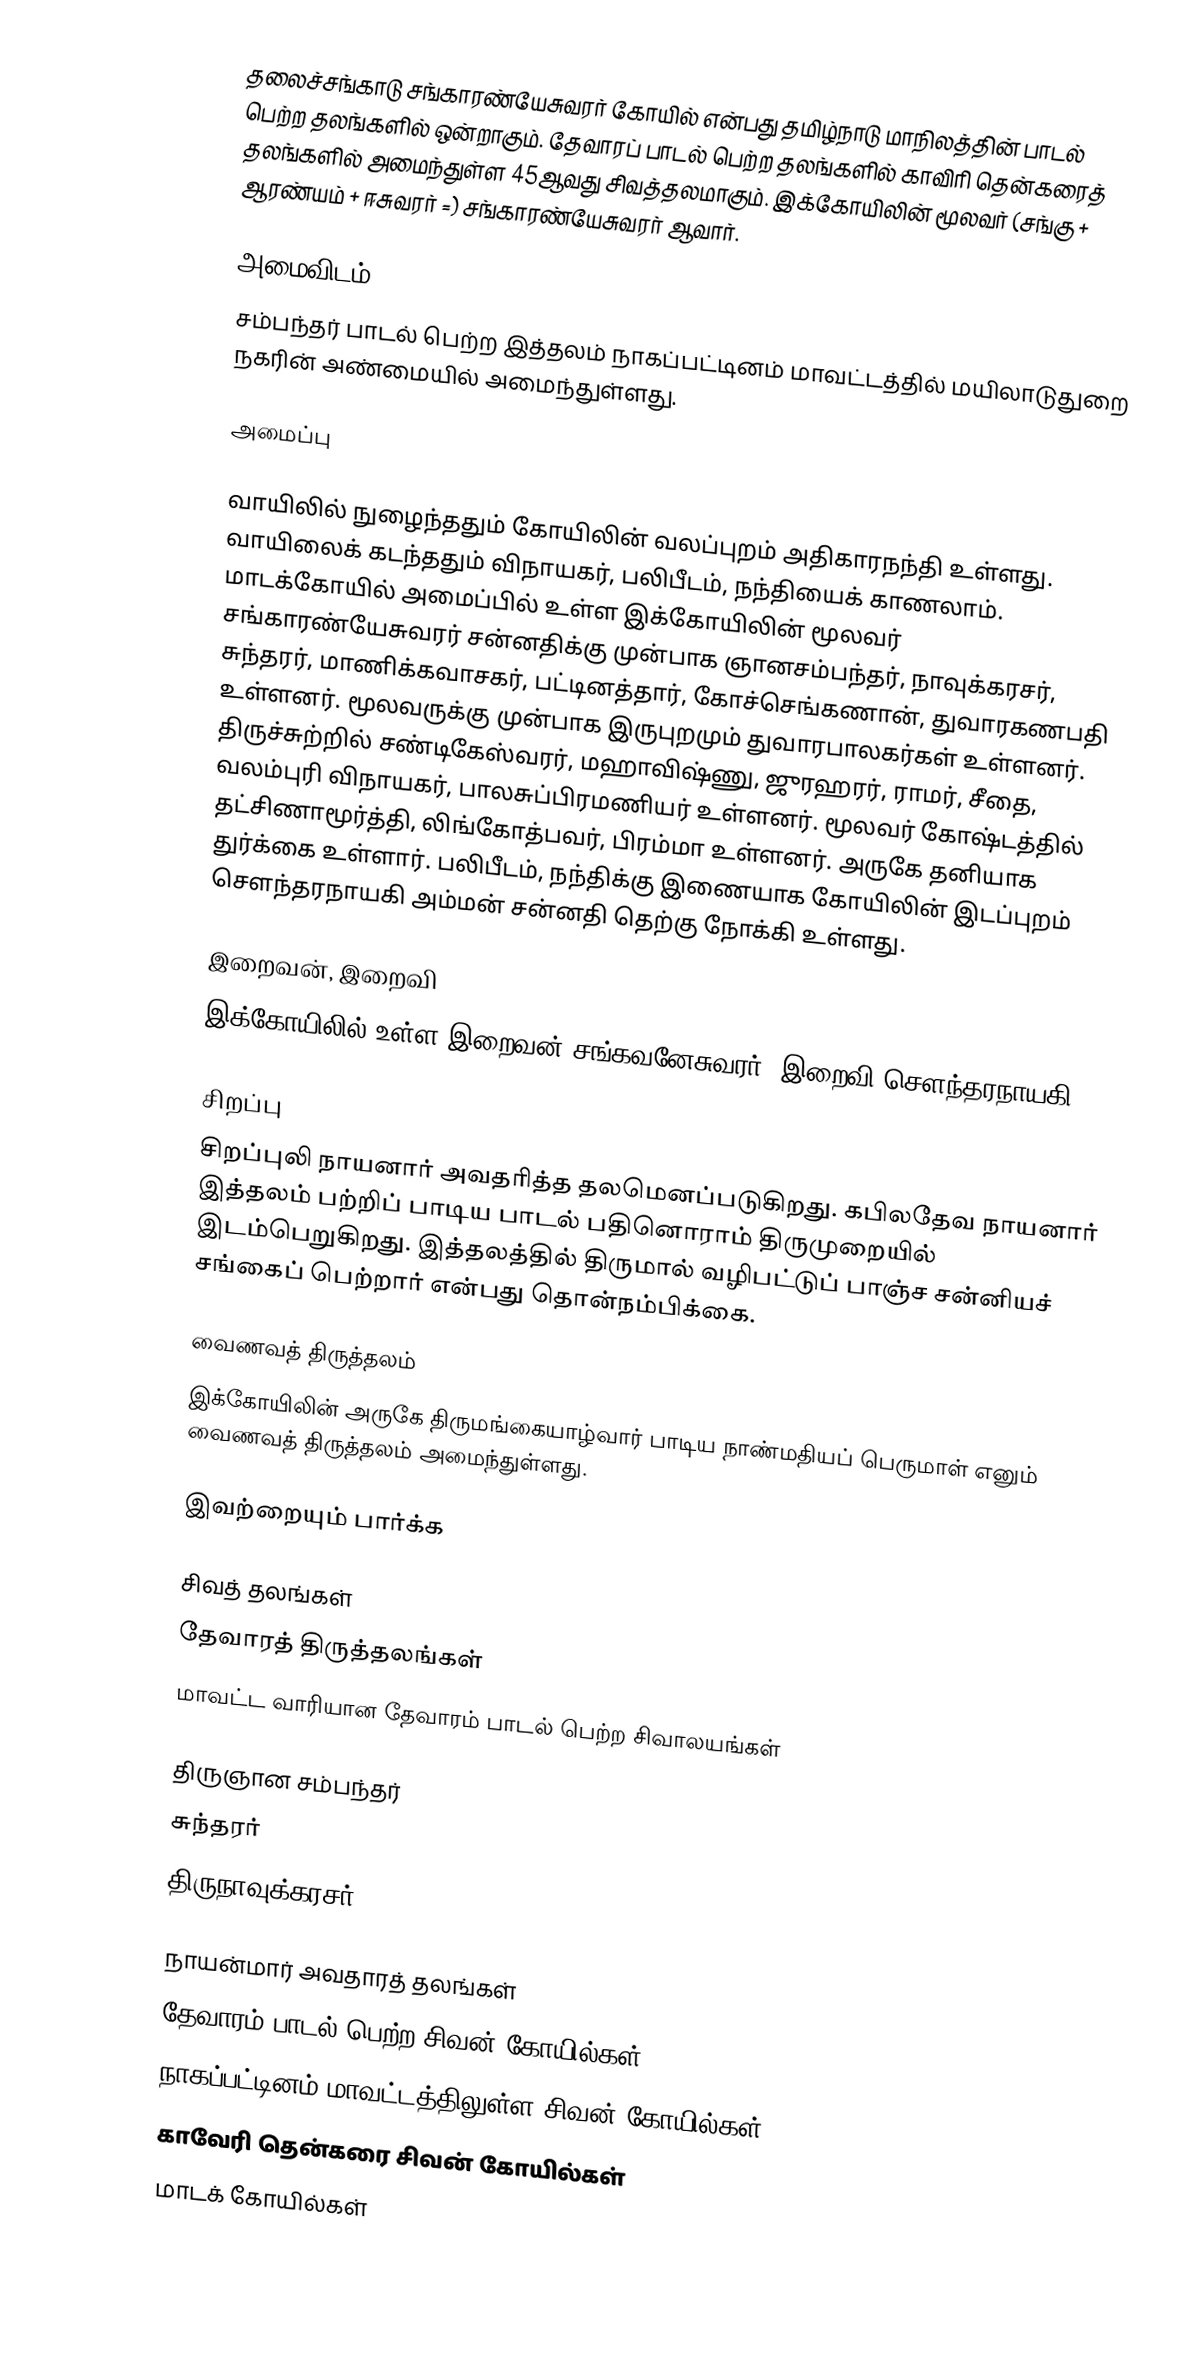
தலைச்சங்காடு சங்காரண்யேசுவரர் கோயில் என்பது தமிழ்நாடு மாநிலத்தின் பாடல் பெற்ற தலங்களில் ஒன்றாகும். தேவாரப் பாடல் பெற்ற தலங்களில் காவிரி தென்கரைத் தலங்களில் அமைந்துள்ள 45ஆவது சிவத்தலமாகும். இக்கோயிலின் மூலவர் (சங்கு + ஆரண்யம் + ஈசுவரர் =) சங்காரண்யேசுவரர் ஆவார்.

அமைவிடம்
சம்பந்தர் பாடல் பெற்ற இத்தலம் நாகப்பட்டினம் மாவட்டத்தில் மயிலாடுதுறை நகரின் அண்மையில் அமைந்துள்ளது.

அமைப்பு

வாயிலில் நுழைந்ததும் கோயிலின் வலப்புறம் அதிகாரநந்தி உள்ளது. வாயிலைக் கடந்ததும் விநாயகர், பலிபீடம், நந்தியைக் காணலாம். மாடக்கோயில் அமைப்பில் உள்ள இக்கோயிலின் மூலவர் சங்காரண்யேசுவரர் சன்னதிக்கு முன்பாக ஞானசம்பந்தர், நாவுக்கரசர், சுந்தரர், மாணிக்கவாசகர், பட்டினத்தார், கோச்செங்கணான், துவாரகணபதி உள்ளனர். மூலவருக்கு முன்பாக இருபுறமும் துவாரபாலகர்கள் உள்ளனர். திருச்சுற்றில் சண்டிகேஸ்வரர், மஹாவிஷ்ணு, ஜுரஹரர், ராமர், சீதை, வலம்புரி விநாயகர், பாலசுப்பிரமணியர் உள்ளனர். மூலவர் கோஷ்டத்தில் தட்சிணாமூர்த்தி, லிங்கோத்பவர், பிரம்மா உள்ளனர். அருகே தனியாக துர்க்கை உள்ளார். பலிபீடம், நந்திக்கு இணையாக கோயிலின் இடப்புறம் சௌந்தரநாயகி அம்மன் சன்னதி தெற்கு நோக்கி உள்ளது.

இறைவன், இறைவி
இக்கோயிலில் உள்ள இறைவன் சங்கவனேசுவரர், இறைவி சௌந்தரநாயகி.

சிறப்பு
சிறப்புலி நாயனார் அவதரித்த தலமெனப்படுகிறது. கபிலதேவ நாயனார் இத்தலம் பற்றிப் பாடிய பாடல் பதினொராம் திருமுறையில் இடம்பெறுகிறது. இத்தலத்தில் திருமால் வழிபட்டுப் பாஞ்ச சன்னியச் சங்கைப் பெற்றார் என்பது தொன்நம்பிக்கை.

வைணவத் திருத்தலம்
இக்கோயிலின் அருகே திருமங்கையாழ்வார் பாடிய நாண்மதியப் பெருமாள் எனும் வைணவத் திருத்தலம் அமைந்துள்ளது.

இவற்றையும் பார்க்க

 சிவத் தலங்கள்
 தேவாரத் திருத்தலங்கள்
 மாவட்ட வாரியான தேவாரம் பாடல் பெற்ற சிவாலயங்கள்

 திருஞான சம்பந்தர்
 சுந்தரர்
 திருநாவுக்கரசர்

நாயன்மார் அவதாரத் தலங்கள்
தேவாரம் பாடல் பெற்ற சிவன் கோயில்கள்
நாகப்பட்டினம் மாவட்டத்திலுள்ள சிவன் கோயில்கள்
காவேரி தென்கரை சிவன் கோயில்கள்
மாடக் கோயில்கள்